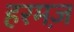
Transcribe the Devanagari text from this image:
हरमज़